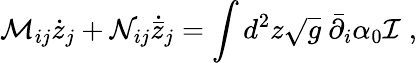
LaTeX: \mathcal M_{ij}\dot{z}_{j}+\mathcal N_{ij}\dot{\bar{z}}_{j}=\int d^{2}z\sqrt{g}\ \bar{\partial}_{i}\alpha_{0}\mathcal I\; ,